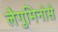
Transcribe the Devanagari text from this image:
लैगुमिनोसे